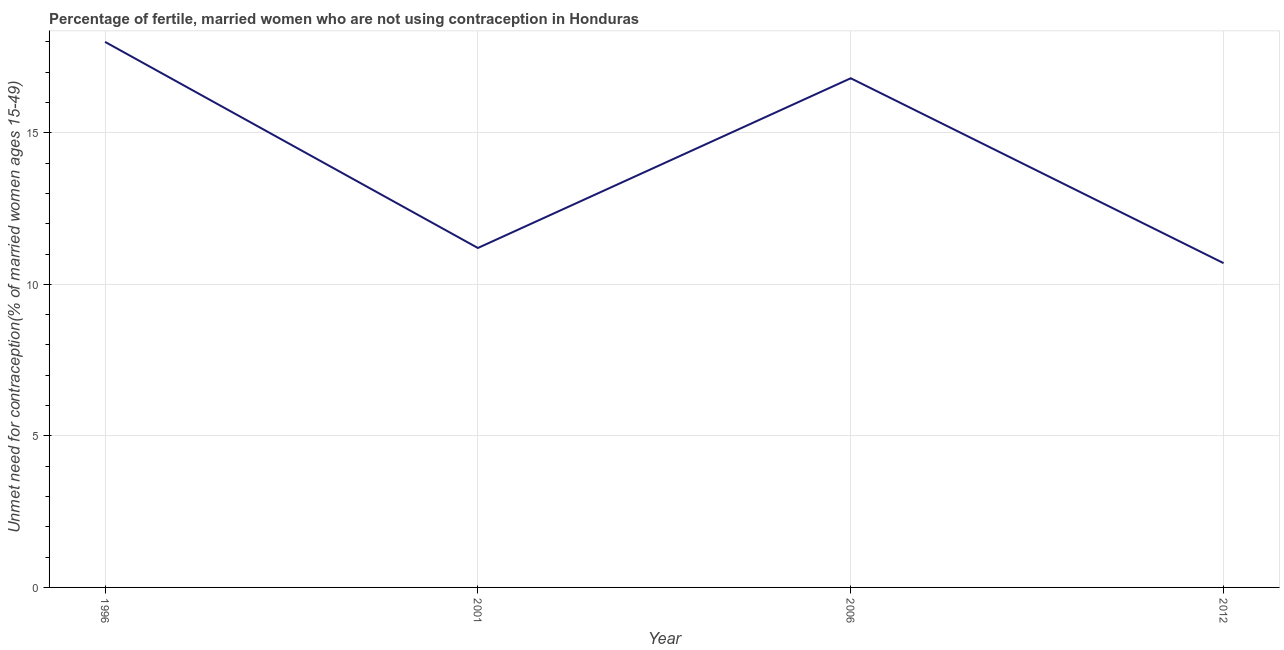
| Year | Unmet need for contraception |
 | --- | --- |
 | 1996 | 18 |
 | 2001 | 11.2 |
 | 2006 | 16.8 |
 | 2012 | 10.7 |